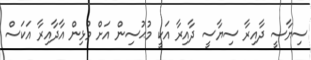
ސިޔާސީ ދާއިރާ ސިޔާސީ ދާއިރާ އަކީ މުޙުސިން އަށް މުޅިން އާދާއިރާ އަކަސް